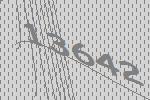
13642